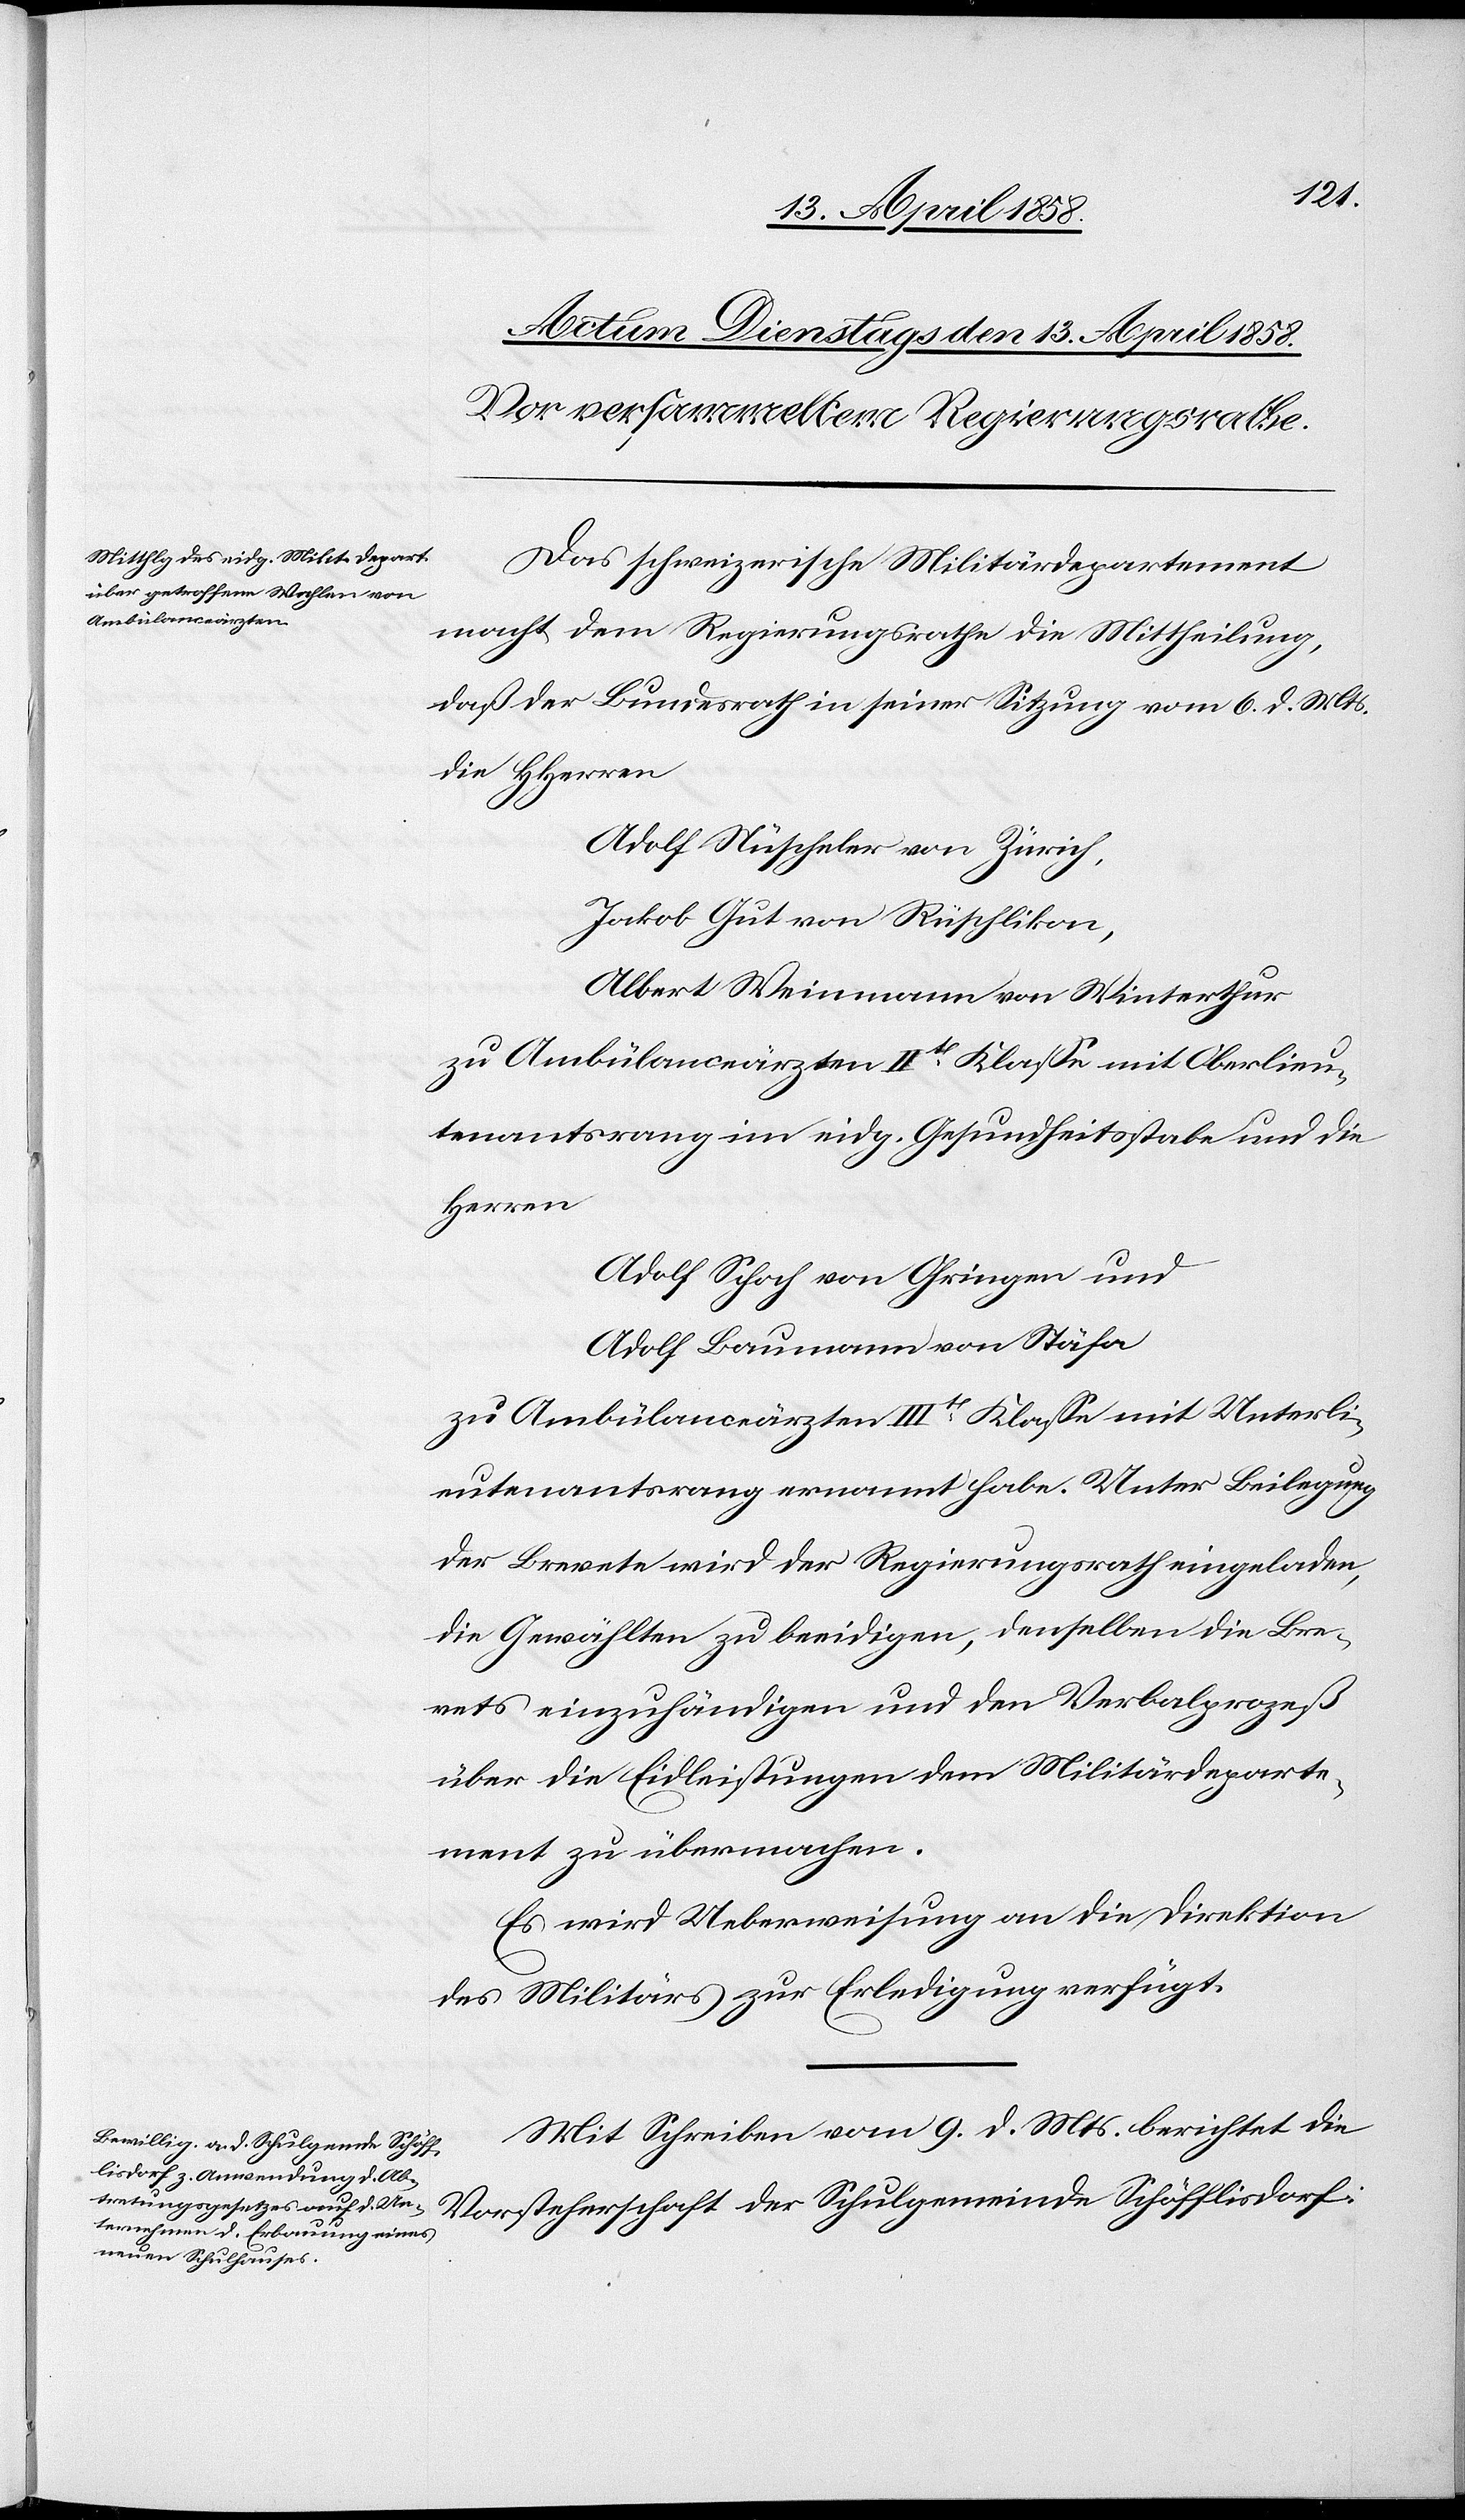
Das schweizerische Militärdepartement
macht dem Regierungsrathe die Mittheilung,
daß der Bundesrath in seiner Sitzung vom 6. d. Mts.
die HHerren
Adolf Nüscheler von Zürich,
Jakob Gut von Rüschlikon,
Albert Weinmann von Winterthur
zu Ambülanceärzten IIt[er] Klasse mit Oberlieu¬
tenantsrang im eidg. Gesundheitsstabe und die
Herren
Adolf Schoch von Ohringen und
Adolf Baumann von Stäfa
zu Ambülanceärzten IIIt[er] Klasse mit Unterli¬
eutenantsrang ernannt habe. Unter Beilegung
der Brevete wird der Regierungsrath eingeladen,
die Gewählten zu beeidigen, denselben die Bre¬
vets einzuhändigen und den Verbalprozeß
über die Eidleistungen dem Militärdeparte¬
ment zu übermachen.
Es wird Ueberweisung an die Direktion
des Militärs zur Erledigung verfügt.
Mit Schreiben vom 9. d. Mts. berichtet die
Vorsteherschaft der Schulgemeinde Schöfflisdorf: